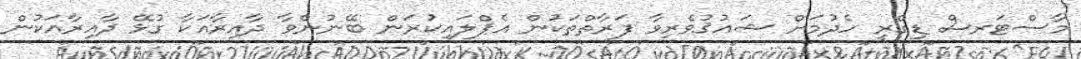
މާސްޓަރސް ޑިގްރީ ހެދުމަށް ޝައުޤުވެރިވާ ފަރާތްތަކުން އެޕްލައިކުރަން ބޭނުންވާ ދާއިރާއަކާ ގުޅޭ ދާއިރާއަކުން